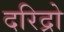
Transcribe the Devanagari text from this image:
दरिद्रो